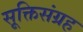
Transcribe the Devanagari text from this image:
सूक्तिसंग्रह